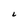
Character: 6